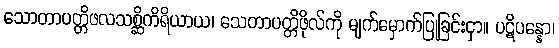
သောတာပတ္တိဖလသစ္ဆိကိရိယာယ၊ သေတာပတ္တိဖိုလ်ကို မျက်မှောက်ပြုခြင်းငှာ။ ပဋိပန္နော၊